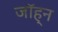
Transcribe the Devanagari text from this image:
जॉह्न